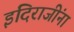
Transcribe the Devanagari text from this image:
इंदिराजींना